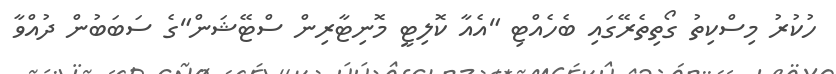
ހުކުރު މިސްކިތު ގޯތިތެރޭގައި ބެހެއްޓި "އެއާ ކޮލިޓީ މޮނިޓާރިން ސްޓޭޝަން"ގެ ސަބަބުން ދުއްވާ